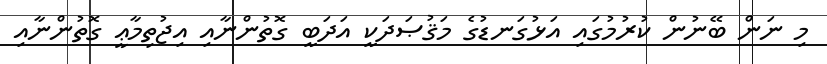
މި ނަން ބޭނުން ކުރުމުގައި އަޅުގަނޑުގެ މަޤުޞަދަކީ އަދަބީ ގޮތުންނާއި އިޖުތިމާޢީ ގޮތުންނާއި